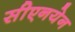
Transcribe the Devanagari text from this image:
सीएनयेन